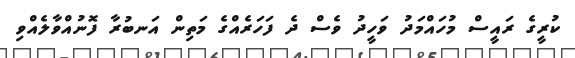
ކުރީގެ ރައީސް މުހައްމަދު ވަހީދު ވެސް ދެ ފަހަރެއްގެ މަތިން އަނބުރާ ފޮނުއްވާލެއްވި